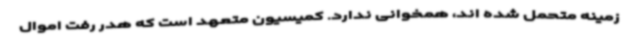
زمینه متحمل شده اند، همخوانی ندارد. کمیسیون متعهد است که هدر رفت اموال